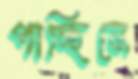
পাচ্ছিনে